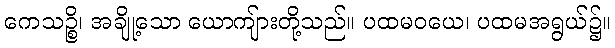
ကေသဉ္စိ၊ အချို့သော ယောကျ်ားတို့သည်။ ပထမဝယေ၊ ပထမအရွယ်၌။